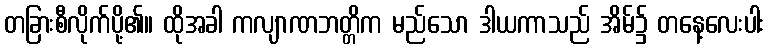
တခြားစီလိုက်ပို့၏။ ထိုအခါ ကလျာဏဘတ္တိက မည်သော ဒါယကာသည် အိမ်၌ တနေ့လေးပါး